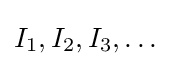
I_{1},I_{2},I_{3},\dots